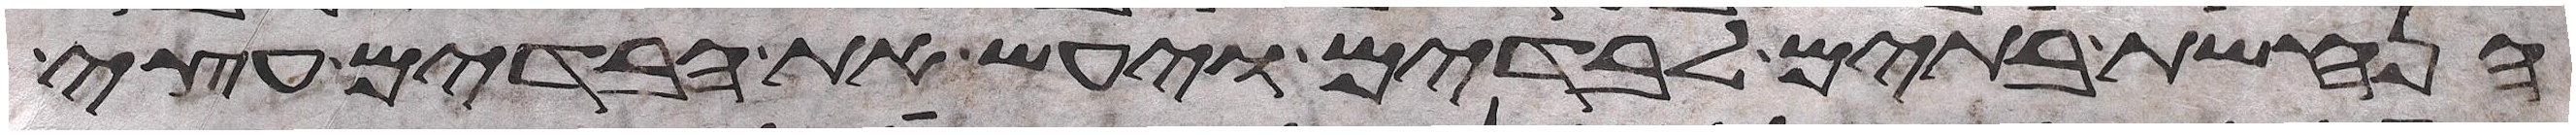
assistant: הנחשת בתים לבדים ויעש את הבדים עצי